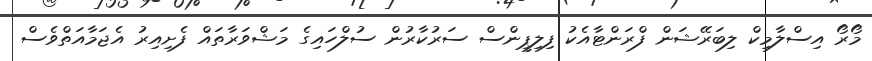
މޯރޯ އިސްލާމިކް ލިބަރޭޝަން ފްރަންޓާއެކު ފިލިޕީންސް ސަރުކާރުން ސުލްހައިގެ މަޝްވަރާތައް ފެށިއިރު އެޖަމާއަތްވެސް